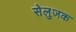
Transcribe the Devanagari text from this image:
सेलुजक